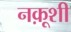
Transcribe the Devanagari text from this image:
नक़ूशी